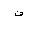
Letter: _fa